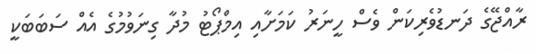
ރާއްޖޭގެ ދަނޑުވެރިކަން ވެސް ހީނަރު ކަމަށާއި އިމްޕޯޓު މުދާ ގިނަވުމުގެ އެއް ސަބަބަކީ